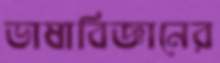
ভাষাবিজ্ঞানের